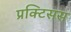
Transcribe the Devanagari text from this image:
प्रक्टिसस